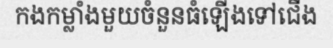
កងកម្លាំងមួយចំនួនធំឡើងទៅជើង